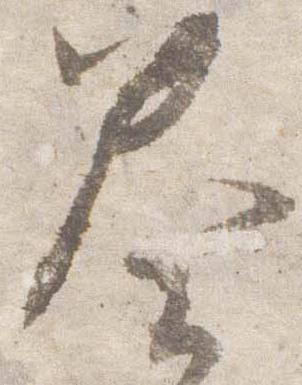
奏